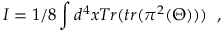
I = { 1 / 8 } \int d ^ { 4 } x T r ( t r ( \pi ^ { 2 } ( \Theta ) ) ) \; \; ,